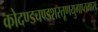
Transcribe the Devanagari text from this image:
कोदण्डचण्डशरतूणयुगाप्तभासः